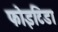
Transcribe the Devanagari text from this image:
फोइटिडा